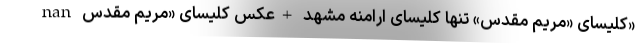
nan کلیسای «مریم مقدس» تنها کلیسای ارامنه مشهد +عکس کلیسای «مریم مقدس»